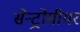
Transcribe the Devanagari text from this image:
सेन्ट्रोमीयर